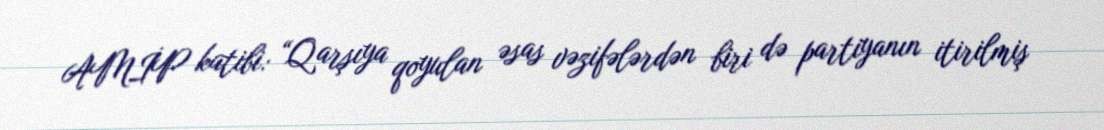
AMİP katibi: “Qarşıya qoyulan əsas vəzifələrdən biri də partiyanın itirilmiş